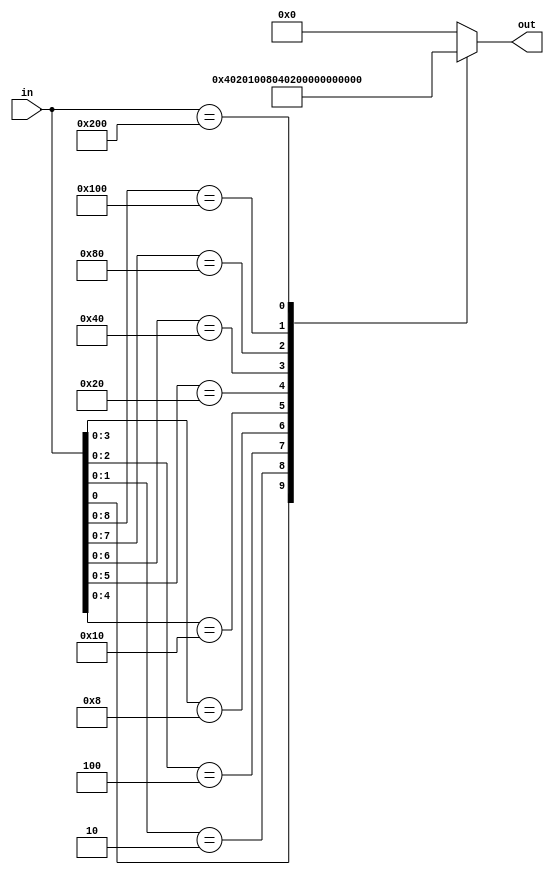
module arbiter (
    input wire [9:0] in,
    output reg [9:0] out
);

    always @(*) begin
	casex (in)
		10'bzzzzzzzzx1: out = 10'b1;
		10'bzzzzzzzz10: out = 10'b10;
		10'bxxxxxxx100: out = 10'b100;
		10'bxxxxxx1000: out = 10'b1000;
		10'bxxxxx10000: out = 10'b10000;
		10'bxxxx100000: out = 10'b100000;
		10'bxxx1000000: out = 10'b1000000;
		10'bxx10000000: out = 10'b10000000;
		10'bx100000000: out = 10'b100000000;
		10'b1000000000: out = 10'b1000000000;
		default: out = 10'b0;
	endcase
    end

endmodule